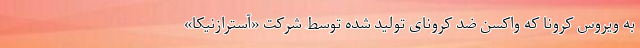
به ویروس کرونا که واکسن ضد کرونای تولید شده توسط شرکت «آسترازنیکا»